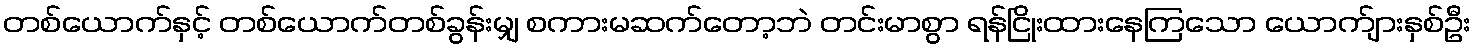
တစ်ယောက်နှင့် တစ်ယောက်တစ်ခွန်းမျှ စကားမဆက်တော့ဘဲ တင်းမာစွာ ရန်ငြိုးထားနေကြသော ယောက်ျားနှစ်ဦး